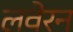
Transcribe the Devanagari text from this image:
लवेरन